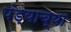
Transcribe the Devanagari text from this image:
पंड्याच्या